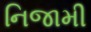
નિજામી